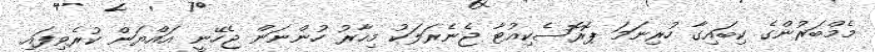
މެމްބަރުންގެ ކިބައިގާ ހުރިނަމަ ޕޮރޮސެކިއުޓާ ޖެނެރަލަކު މިހާރު ހުންނަން ޖެހޭނީ އައްޔަން ކުރެވިފައި